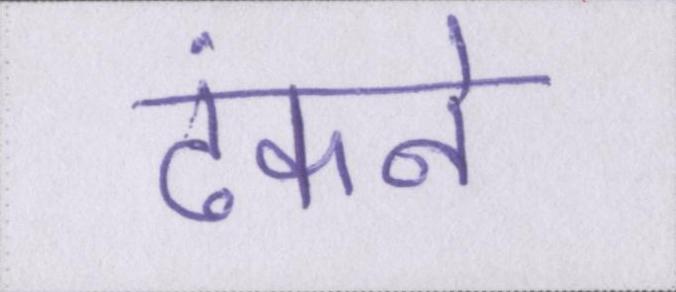
ढंकने